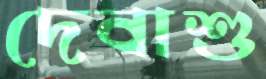
দেবাশু